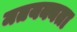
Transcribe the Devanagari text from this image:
मतयक्यता